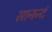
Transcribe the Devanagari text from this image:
सानन्दं